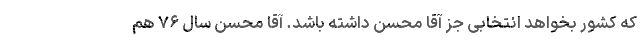
که کشور بخواهد انتخابی جز آقا محسن داشته باشد. آقا محسن سال ۷۶ هم